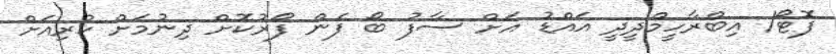
ފޮޓޯ/ އިބްރާހީމްދީދީ އައްޑު އަށް ސާފު ބޯ ފެން ފޯރުކޮށް ދިނުމަށް ކުރިއަށް